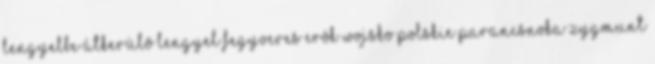
lengyelbe átkerülõ Lengyel Fegyveres Erõk Wojsko Polskie parancsnoka Zygmunt